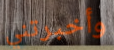
وأخبرتني